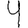
Digit: 4